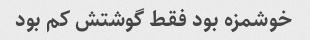
خوشمزه بود فقط گوشتش کم بود